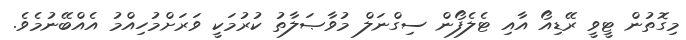
މިގޮތުން ޓީވީ ރޭޑިއޯ އާއި ޓެލެފޯން ސިގްނަލް މުވާޞަލާތު ކުރުމަކީ ވަރަށްމުހިއްމު އެއްބޭނުމެވެ.